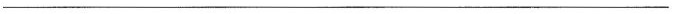
___